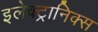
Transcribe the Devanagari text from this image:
इलेक्‍ट्रानिक्स